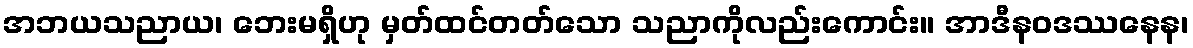
အဘယသညာယ၊ ဘေးမရှိဟု မှတ်ထင်တတ်သော သညာကိုလည်းကောင်း။ အာဒီနဝဒဿနေန၊